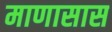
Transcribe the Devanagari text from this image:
माणासास